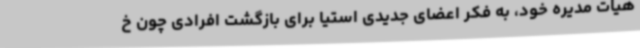
هیات مدیره خود، به فکر اعضای جدیدی استیا برای بازگشت افرادی چون خ